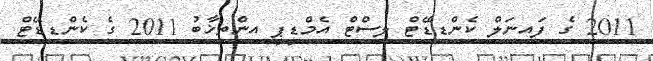
2011 ގެ ފައިނަލް ކެންޑިޑޭޓް ލިސްޓް އެމްޑީޕީ އިންތިޚާބު 2011 ގެ ކެންޑިޑޭޓް